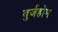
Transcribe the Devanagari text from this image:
बुर्जहोम